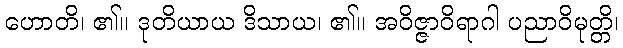
ဟောတိ၊ ၏။ ဒုတိယာယ ဒိသာယ၊ ၏။ အဝိဇ္ဇာဝိရာဂါ ပညာဝိမုတ္တိ၊